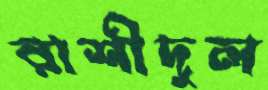
রাশীদুল